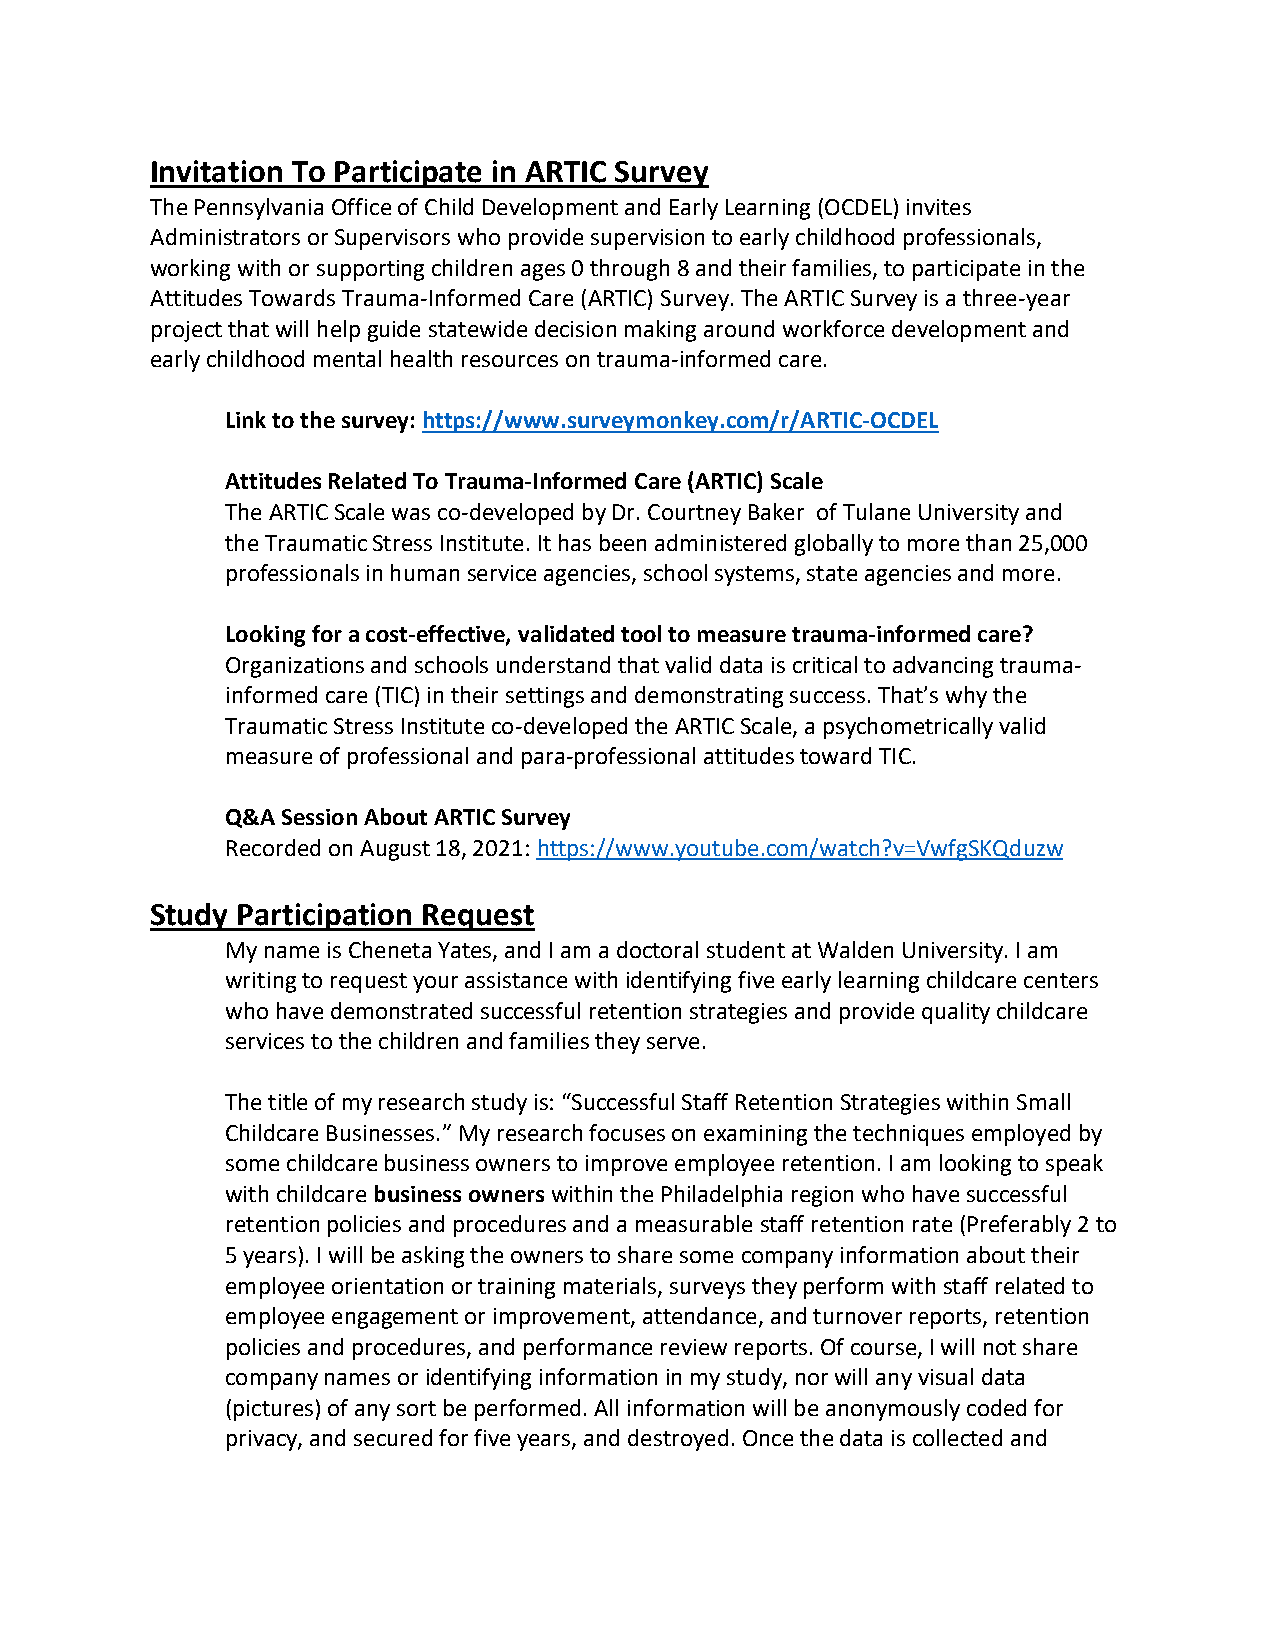
Invitation To Participate in ARTIC Survey
 The Pennsylvania Office of Child Development and Early Learning (OCDEL) invites
 Administrators or Supervisors who provide supervision to early childhood professionals,
 working with or supporting children ages 0 through 8 and their families, to participate in the
 Attitudes Towards Trauma-Informed Care (ARTIC) Survey. The ARTIC Survey is a three-year
 project that will help guide statewide decision making around workforce development and
 early childhood mental health resources on trauma-informed care.
 Link to the survey: https://www.surveymonkey.com/r/ARTIC-OCDEL
 Attitudes Related To Trauma-Informed Care (ARTIC) Scale
 The ARTIC Scale was co-developed by Dr. Courtney Baker of Tulane University and
 the Traumatic Stress Institute. It has been administered globally to more than 25,000
 professionals in human service agencies, school systems, state agencies and more.
 Looking for a cost-effective, validated tool to measure trauma-informed care?
 Organizations and schools understand that valid data is critical to advancing trauma-
 informed care (TIC) in their settings and demonstrating success. That’s why the
 Traumatic Stress Institute co-developed the ARTIC Scale, a psychometrically valid
 measure of professional and para-professional attitudes toward TIC.
 Q&A Session About ARTIC Survey
 Recorded on August 18, 2021: https://www.youtube.com/watch?v=VwfgSKQduzw
 Study Participation Request
 My name is Cheneta Yates, and I am a doctoral student at Walden University. I am
 writing to request your assistance with identifying five early learning childcare centers
 who have demonstrated successful retention strategies and provide quality childcare
 services to the children and families they serve.
 The title of my research study is: “Successful Staff Retention Strategies within Small
 Childcare Businesses.” My research focuses on examining the techniques employed by
 some childcare business owners to improve employee retention. I am looking to speak
 with childcare business owners within the Philadelphia region who have successful
 retention policies and procedures and a measurable staff retention rate (Preferably 2 to
 5 years). I will be asking the owners to share some company information about their
 employee orientation or training materials, surveys they perform with staff related to
 employee engagement or improvement, attendance, and turnover reports, retention
 policies and procedures, and performance review reports. Of course, I will not share
 company names or identifying information in my study, nor will any visual data
 (pictures) of any sort be performed. All information will be anonymously coded for
 privacy, and secured for five years, and destroyed. Once the data is collected and